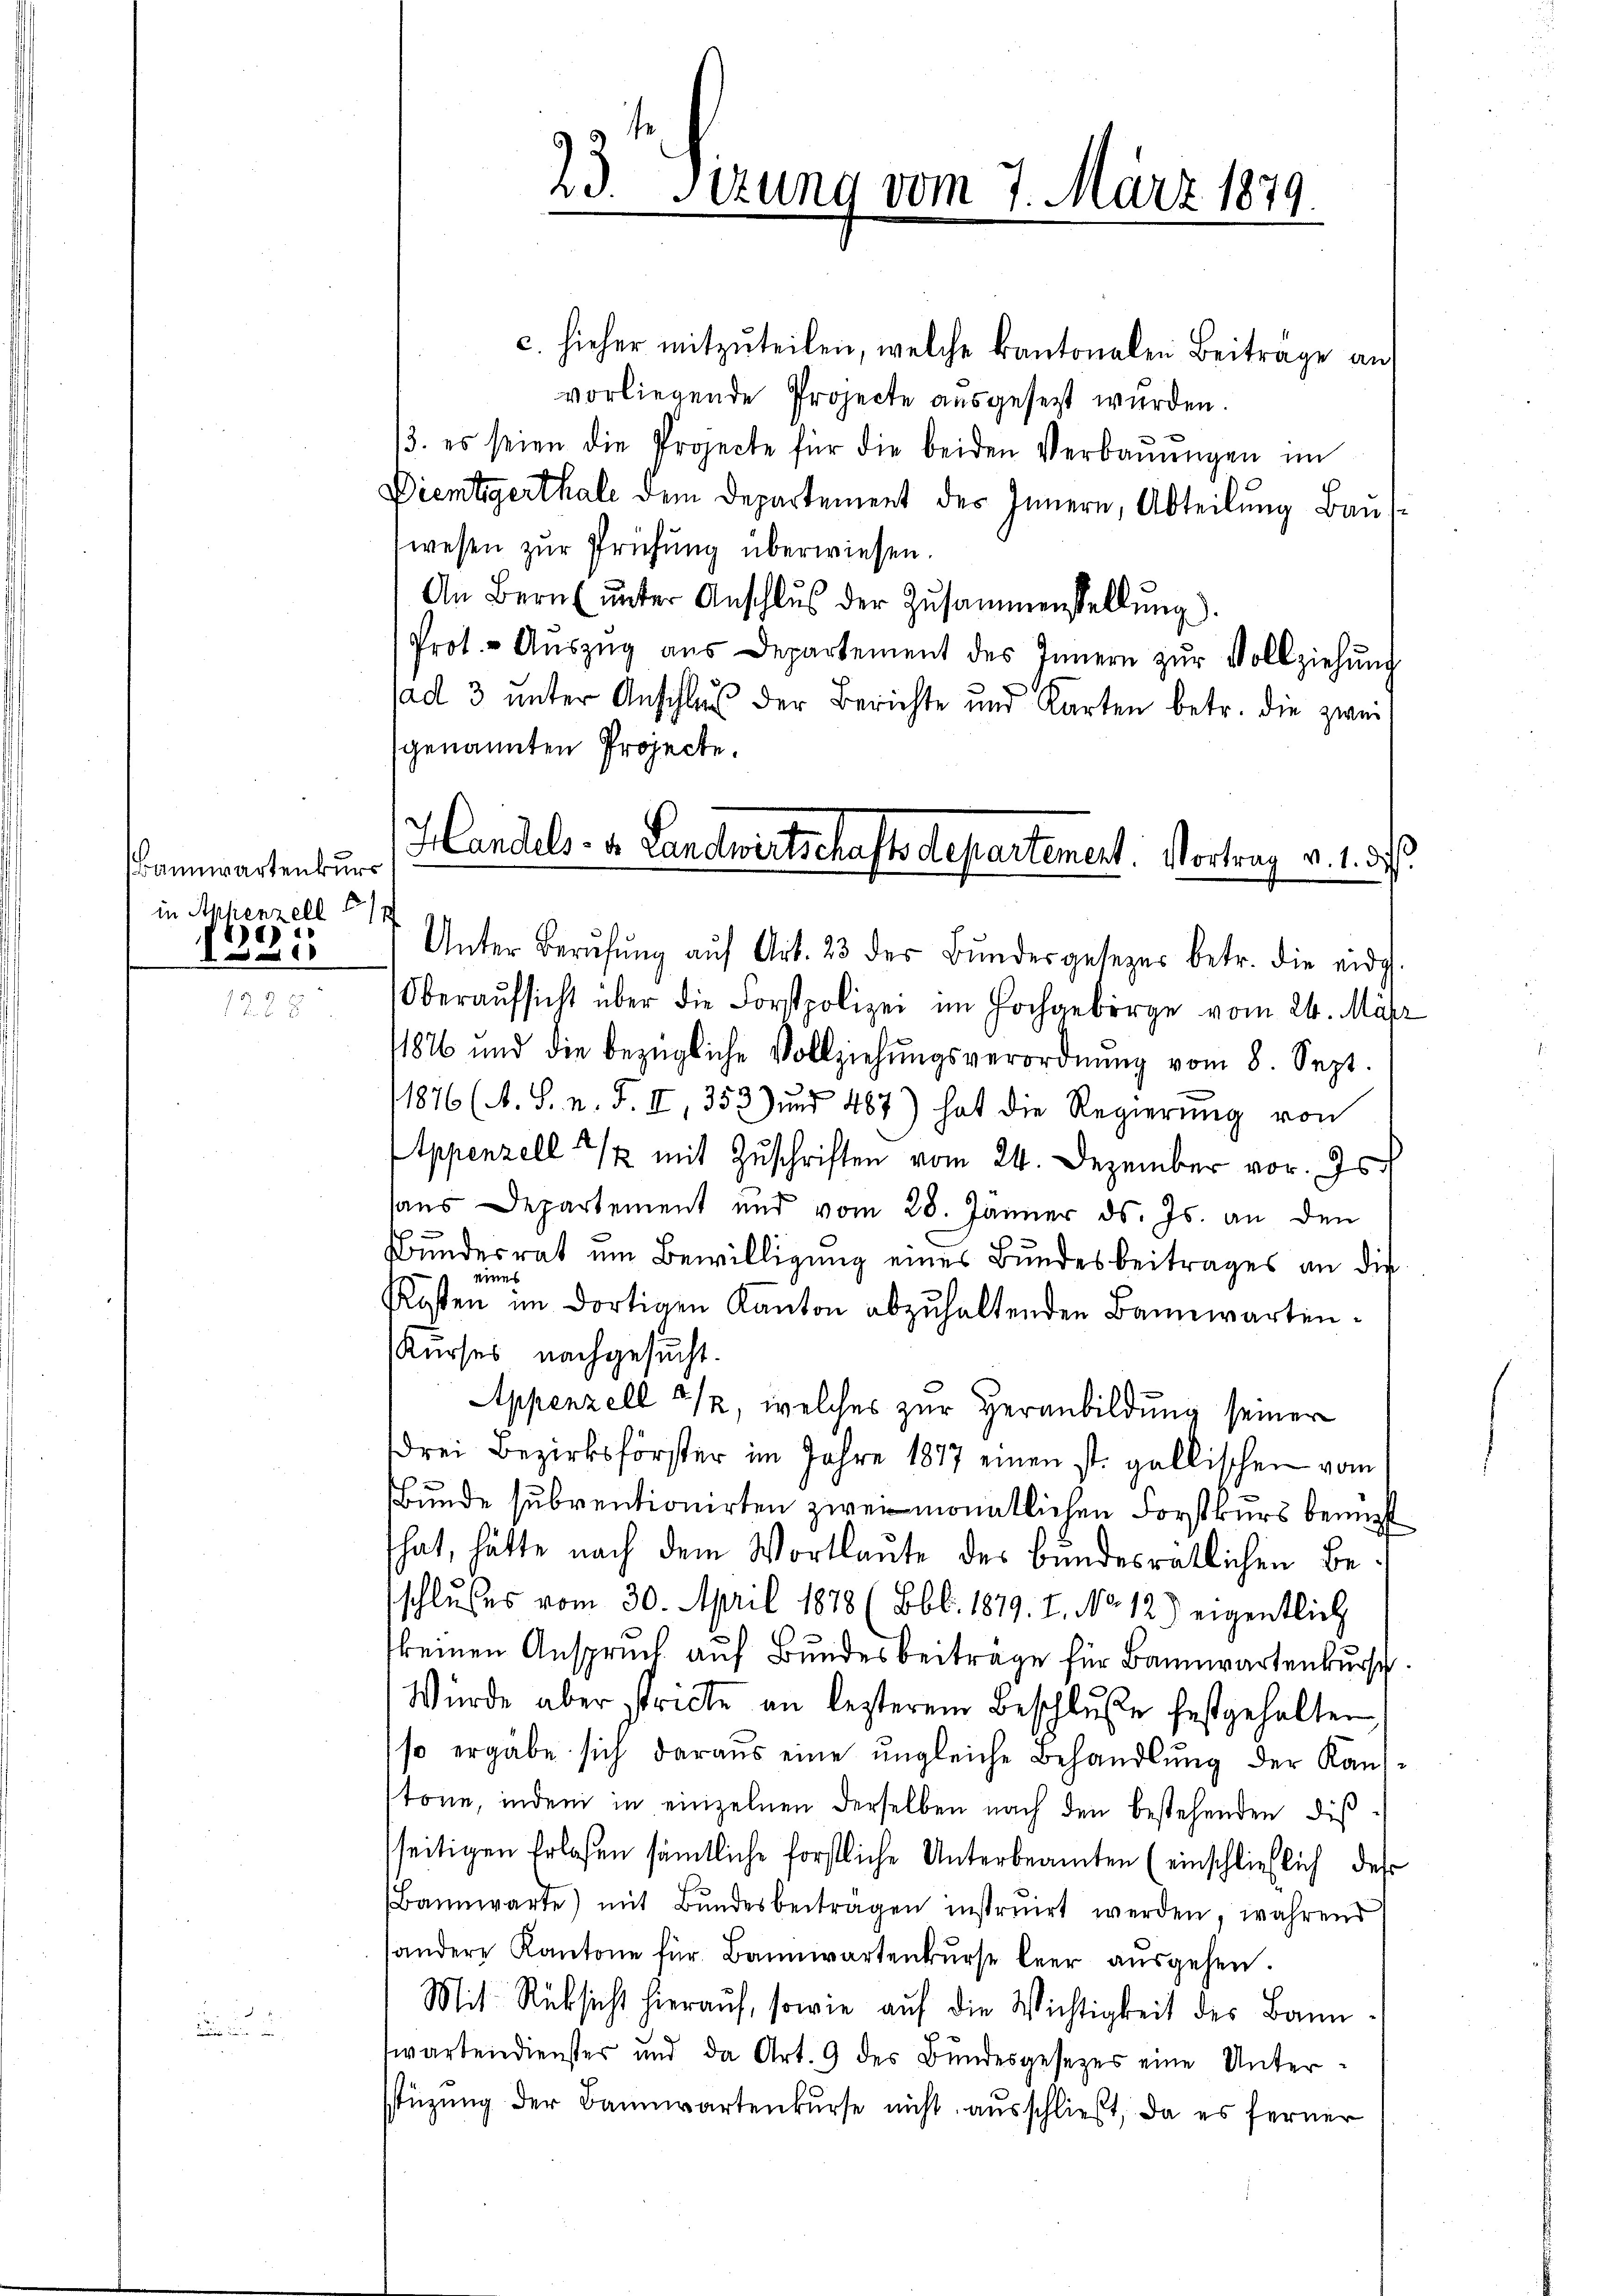
Bannwartenkurs
in Appenzell 5/7.
d
)

c. hieher mitzuteilen, welche kantonalen Beitrage an
vorliegende Projecte ausgesetzt wurden.
13. es seien die Projecte für die beiden Verbaŭŭngen im
Dientigerthale dem Departement des Innern, Abteilung Bauswesen zur Prüfung überwiesen.
An Bern ŭnter Anschlŭs der Zusammenstellŭng.
Prot. - Aŭszŭg aŭs Departement des Innern zŭr Vollziehŭng
ad 3 unter Anschluß der Berichte und Karten betr. die zwei
genannten Projecte.
Handels- u. Landwirtschaftsdepartement. Vortrag v. 1. d.

23. Sitzung vom 7. März 1879.

Unter Berŭfŭng aŭf Art. 23 der Bŭndesgesezes betr. die eidg.
Oberaŭfsicht über die Forstpolizei im Hochgeborge vom 24. Mär
11826 und die bezügliche Vollziehŭngsverordnŭng vom 8. Sept.
11876 (A. S. n. F. II 353) und 467) hat die Regierŭng von
Appenzell & mit Zuschriften vom 24. Dezember vor. Js.
haus Departement und vom 28. Jänner ds. Js. an den
Bundesrat um Bewilligung eines Bundesbeitrages an die
eines
Kosten im dortigen Kanton abzuhaltenden Bannwarten¬
Kurses nachgesucht.
Appenzell 212, welches zur Heranbildung seiner
drei Bezirksförster im Jahre 1817 einen st. gallischen vom
Bunde subventionirten zwei monatlichen Forstkurs benut
That, hätte nach dem Wortlaute des Bundesratlichen Beschlusses vom 30. April 1878 (Bbb. 1879. I. No. 12) eigentlich
keinen Anspruch auf Bundesbeitrage für Bannwartenbursch
Würde aber stricte an lezterem Beschluße festgehalten
so ergäbe sich daraus eine ungleiche Behandlung der Kauftöne, indem in einzelnen derselben nach den bestehenden dis
sseitigen Erlaßen sämtliche forstliche Unterbeamten (einschließlich des
Bannwarte) mit Bŭndesbeitragen instruirt werden, wahrend
andere Kantone für Bannwartenkŭrse leer aŭsgehen.
Mit Rücksicht hierauf, sowie auf die Wichtigkeit des Bannwartendienster und da Art. 9 des Bundesgesetzes eine Unterstüzung der Bannwartenkurse nicht ausschließt, da es ferner